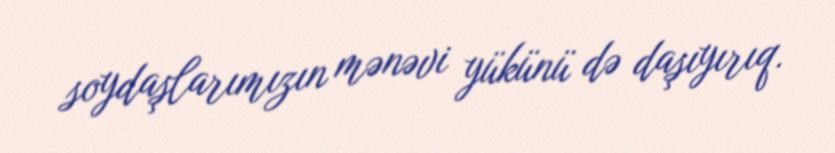
soydaşlarımızın mənəvi yükünü də daşıyırıq.